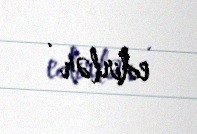
edirlər .